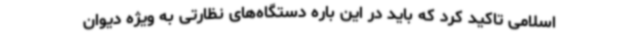
اسلامی تاکید کرد که باید در این باره دستگاه‌های نظارتی به ویژه دیوان